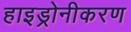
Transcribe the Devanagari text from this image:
हाइड्रोनीकरण